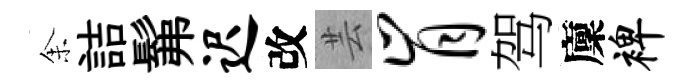
𪜬詰髴迟改芸肯驾廩裨